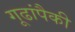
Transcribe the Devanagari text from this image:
गूढांपैकी